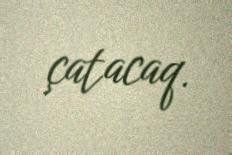
çatacaq.